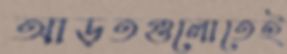
আড়তগুলোতেই